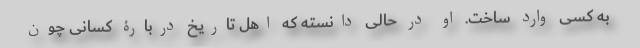
به کسی وارد ساخت. او در حالی دانسته که اهل تاریخ دربارۀ کسانی چون